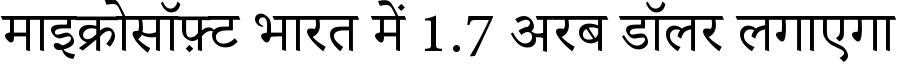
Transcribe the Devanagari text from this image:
माइक्रोसॉफ़्ट भारत में 1.7 अरब डॉलर लगाएगा